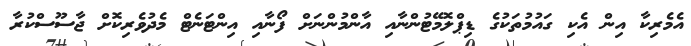
އެމެރިކާ އިން އެކި ގައުމުތަކުގެ ޑިޕްލޮމޭޓުންނާއި އާންމުންނަށް ފޯނާއި އިންޓަނެޓް މެދުވެރިކޮށް ޖާސޫސްކުރާ